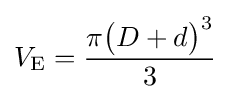
V_{\mathrm {E} }={\frac {\pi {\big (}D+d{\big )}^{3}}{3}}